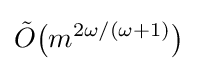
{\tilde {O}}{\bigl (}m^{2\omega /(\omega +1)}{\bigr )}